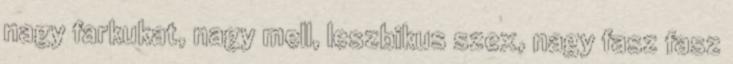
nagy farkukat, nagy mell, leszbikus szex, nagy fasz fasz